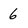
Character: 6